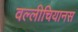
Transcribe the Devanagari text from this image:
वल्लीचियानस